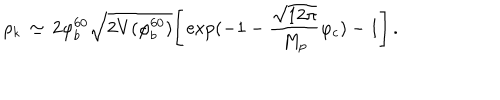
\rho _ { k } \, \simeq \, 2 \varphi _ { b } ^ { 6 0 } \sqrt { 2 V ( \varphi _ { b } ^ { 6 0 } ) } \Biggr [ \exp ( - 1 - \frac { \sqrt { 1 2 \pi } } { M _ { p } } \varphi _ { c } ) - 1 \Biggr ] \, .